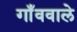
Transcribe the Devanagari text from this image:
गाँववाले